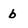
Character: b